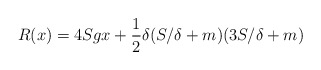
\begin{align*}R(x) = 4Sg x + {1\over 2} \delta (S/\delta + m)(3S/\delta + m)\end{align*}